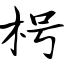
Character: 枵